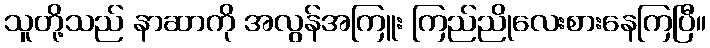
သူတို့သည် နာဆာကို အလွန်အကြူး ကြည်ညိုလေးစားနေကြပြီ။